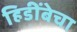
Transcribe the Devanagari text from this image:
हिडींबेचा